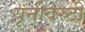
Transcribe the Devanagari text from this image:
यूनीवस्र्टी